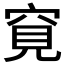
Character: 𥦀